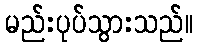
မည်းပုပ်သွားသည်။